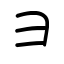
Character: ⺕